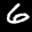
Label: 6